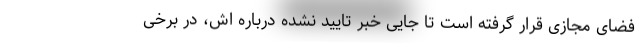
فضای مجازی قرار گرفته است تا جایی خبر تایید نشده درباره اش، در برخی